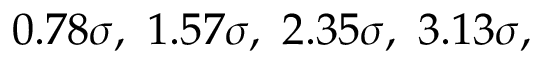
0 . 7 8 \sigma , ~ 1 . 5 7 \sigma , ~ 2 . 3 5 \sigma , ~ 3 . 1 3 \sigma ,